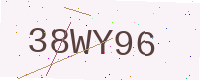
Text: 38WY96